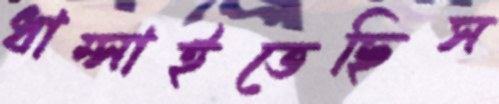
ধাম্‌সাইতেছিস